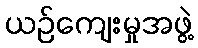
ယဉ်ကျေးမှုအဖွဲ့